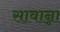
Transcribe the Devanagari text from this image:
सावान्ना